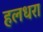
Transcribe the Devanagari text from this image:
हलधरा